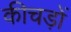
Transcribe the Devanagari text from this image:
कीचड़ों